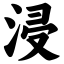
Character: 浸